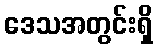
ဒေသအတွင်းရှိ